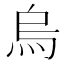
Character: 烏